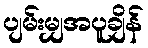
ပျမ်းမျှအပူချိန်